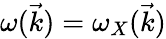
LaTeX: \omega(\vec{k})=\omega_{X}(\vec{k})